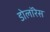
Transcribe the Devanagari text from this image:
डोलॉरेस